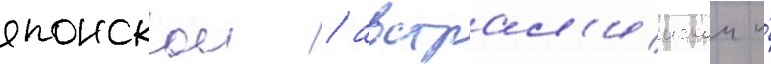
японскои / австрал'иискои и́